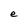
Character: e